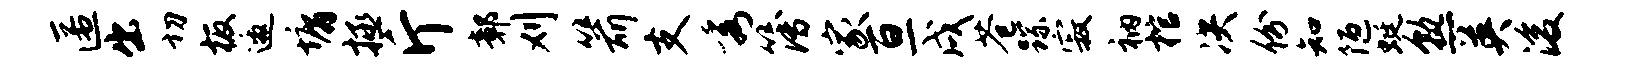
匿出切板邀墉拯斤鄣刈箭支秀簿家亘戌苍踪寂衲棺决份知陋蜓熟英浚